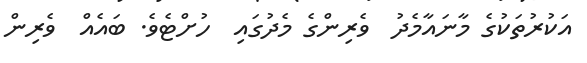
އަކުރުތަކުގެ މާނައާމެދު  ވެރިންގެ މެދުގައި  ހުށްޓެވެ. ބައެއް  ވެރިން